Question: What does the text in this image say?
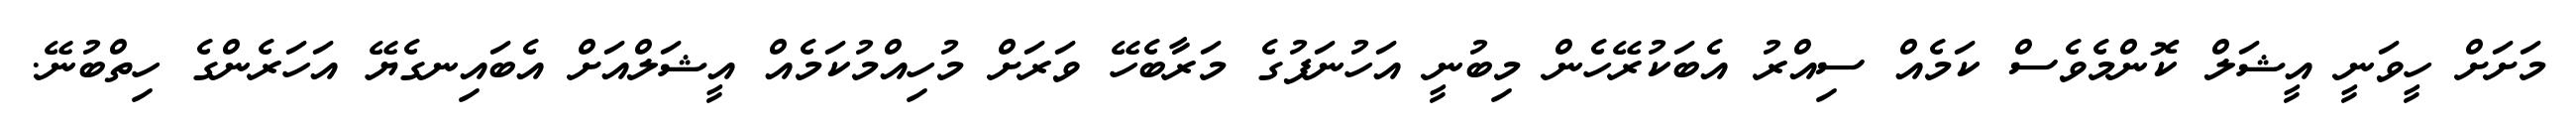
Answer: މަށަށް ހީވަނީ އީޝަލް ކޮންމެވެސް ކަމެއް ސިއްރު އެބަކުރޭހެން މިބުނީ އަހުނަފުގެ މަރާބެހޭ ވަރަށް މުހިއްމުކަމެއް އީޝަލްއަށް އެބައިނގެޔޭ އަހަރެންގެ ހިތްބުނޭ.